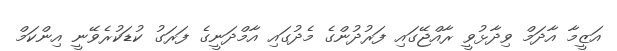
އަޒީމާ އާދަމް ވިދާޅުވީ ރާއްޖޭގައި ފަރުދުންގެ މެދުގައި އާމްދަނީގެ ފަރަގު ކުޑަކުރެވޭނީ އިންކަމް